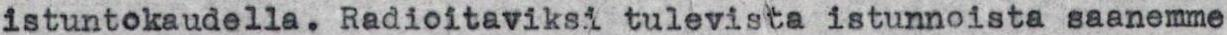
istuntokaudella. Radioitaviksi tulevista istunnoista saanemme